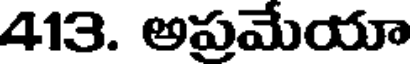
413. అప్రమేయా